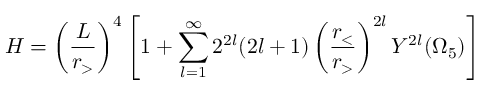
H = \left( \frac { L } { r _ { > } } \right) ^ { 4 } \left[ 1 + \sum _ { l = 1 } ^ { \infty } 2 ^ { 2 l } ( 2 l + 1 ) \left( \frac { r _ { < } } { r _ { > } } \right) ^ { 2 l } Y ^ { 2 l } ( \Omega _ { 5 } ) \right]